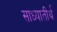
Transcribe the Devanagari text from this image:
साध्यातीर्थ